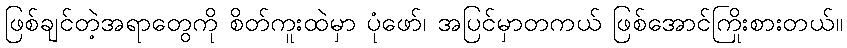
ဖြစ်ချင်တဲ့အရာတွေကို စိတ်ကူးထဲမှာ ပုံဖော်၊ အပြင်မှာတကယ် ဖြစ်အောင်ကြိုးစားတယ်။